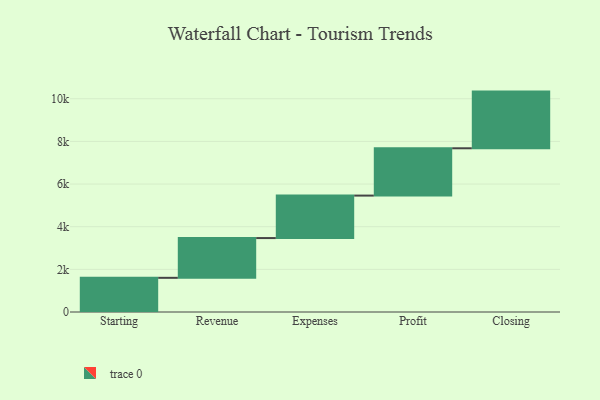
{"axis": {"x": "Step", "y": "Value"}, "legend": [""], "data": [{"x": "Starting", "y": 1603.0, "type": ""}, {"x": "Revenue", "y": 1864.0, "type": ""}, {"x": "Expenses", "y": 1992.0, "type": ""}, {"x": "Profit", "y": 2219.0, "type": ""}, {"x": "Closing", "y": 2658.0, "type": ""}]}